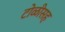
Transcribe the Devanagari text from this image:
टोळीसह